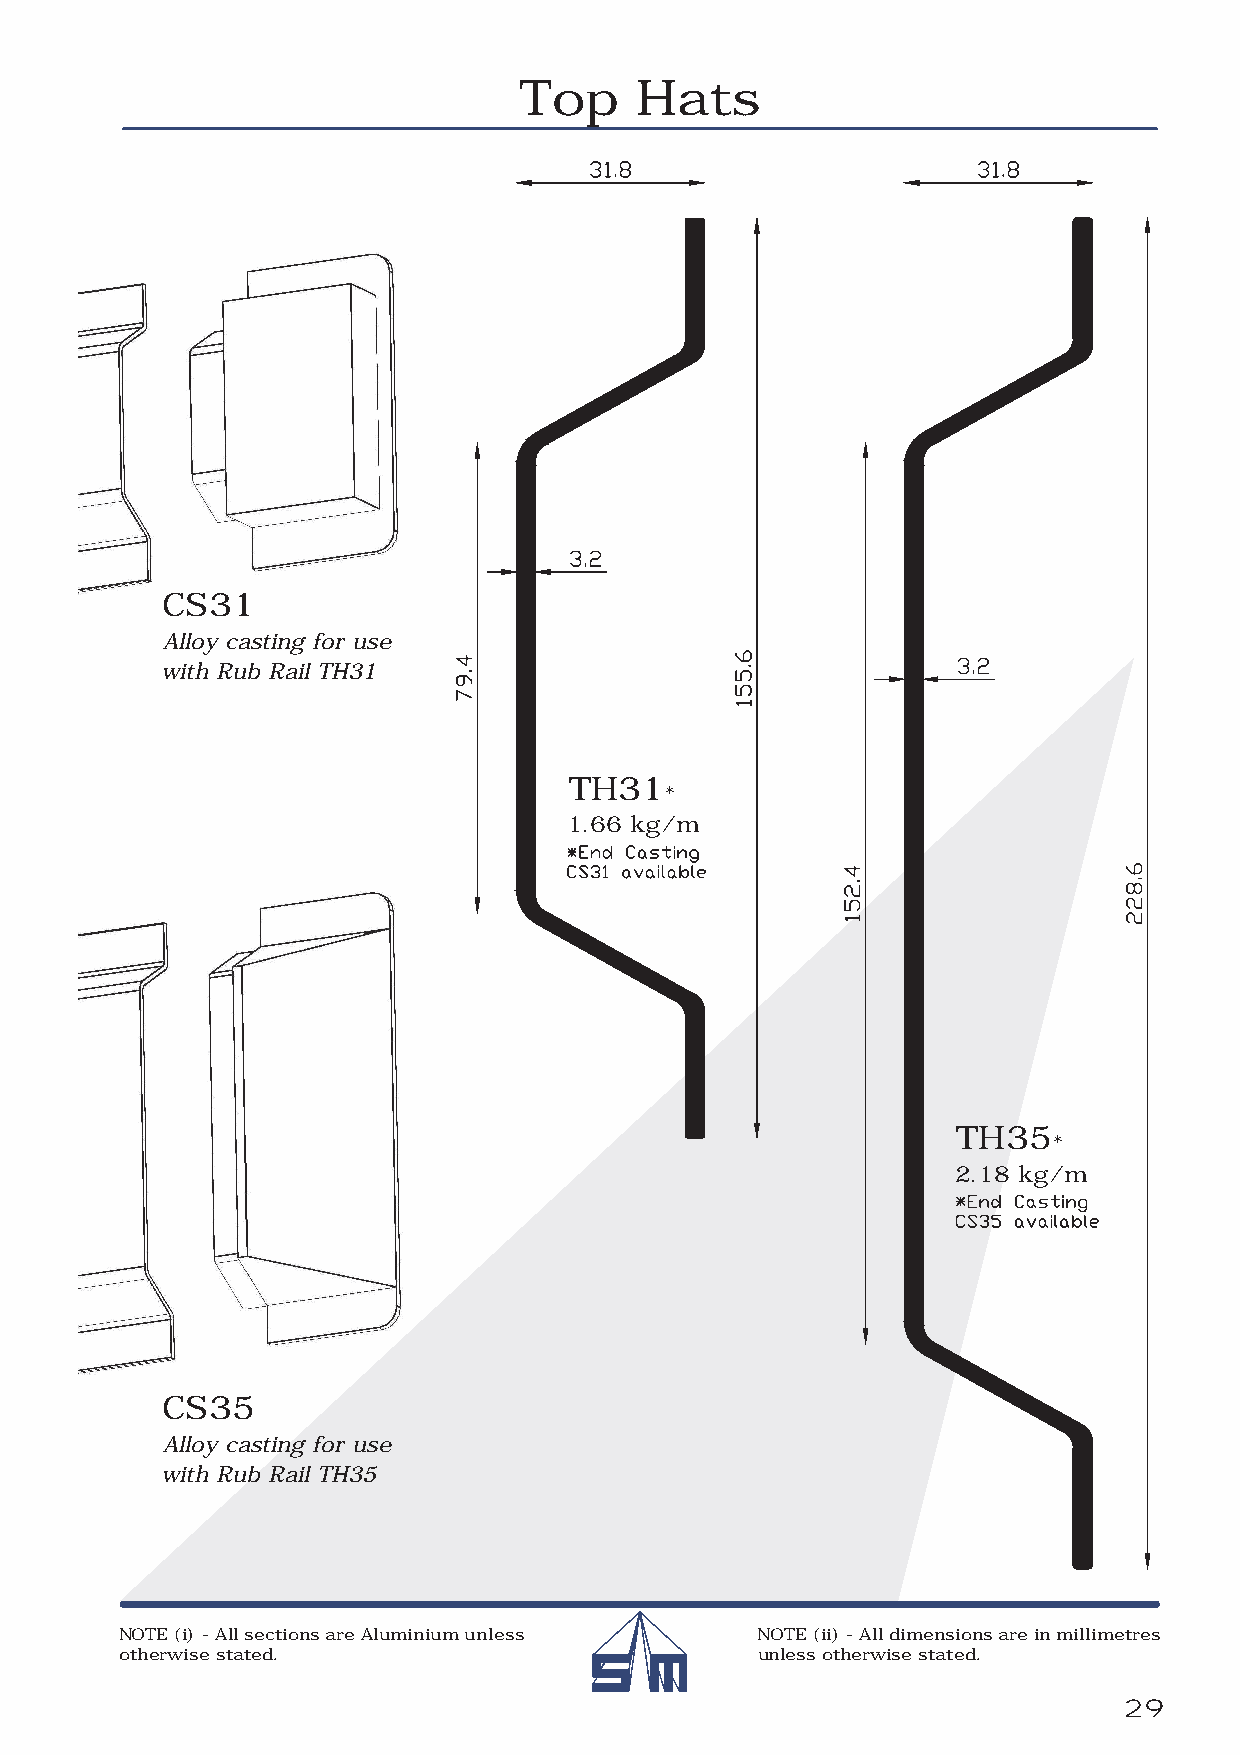
Top     Hats
 CS31
 Alloy casting for use
 with Rub Rail TH31
 TH31
 *
 1.66 kg/m
 TH35
 *
 2.18 kg/m
 CS35
 Alloy casting for use
 with Rub Rail TH35
 NOTE (i) - All sections are Aluminium unless NOTE (ii) - All dimensions are in millimetres
 otherwise stated.                         unless otherwise stated.
 29